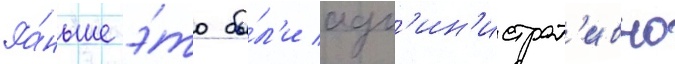
Ра́ньше э́то бы́л'и адм'ин'истрат'ивно